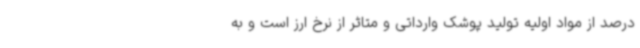
درصد از مواد اولیه تولید پوشک وارداتی و متاثر از نرخ ارز است و به